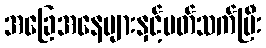
အခြေအနေများနှင့်ပတ်သက်ပြီး